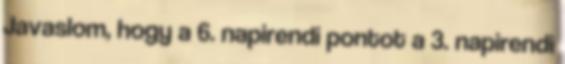
Javaslom, hogy a 6. napirendi pontot a 3. napirendi